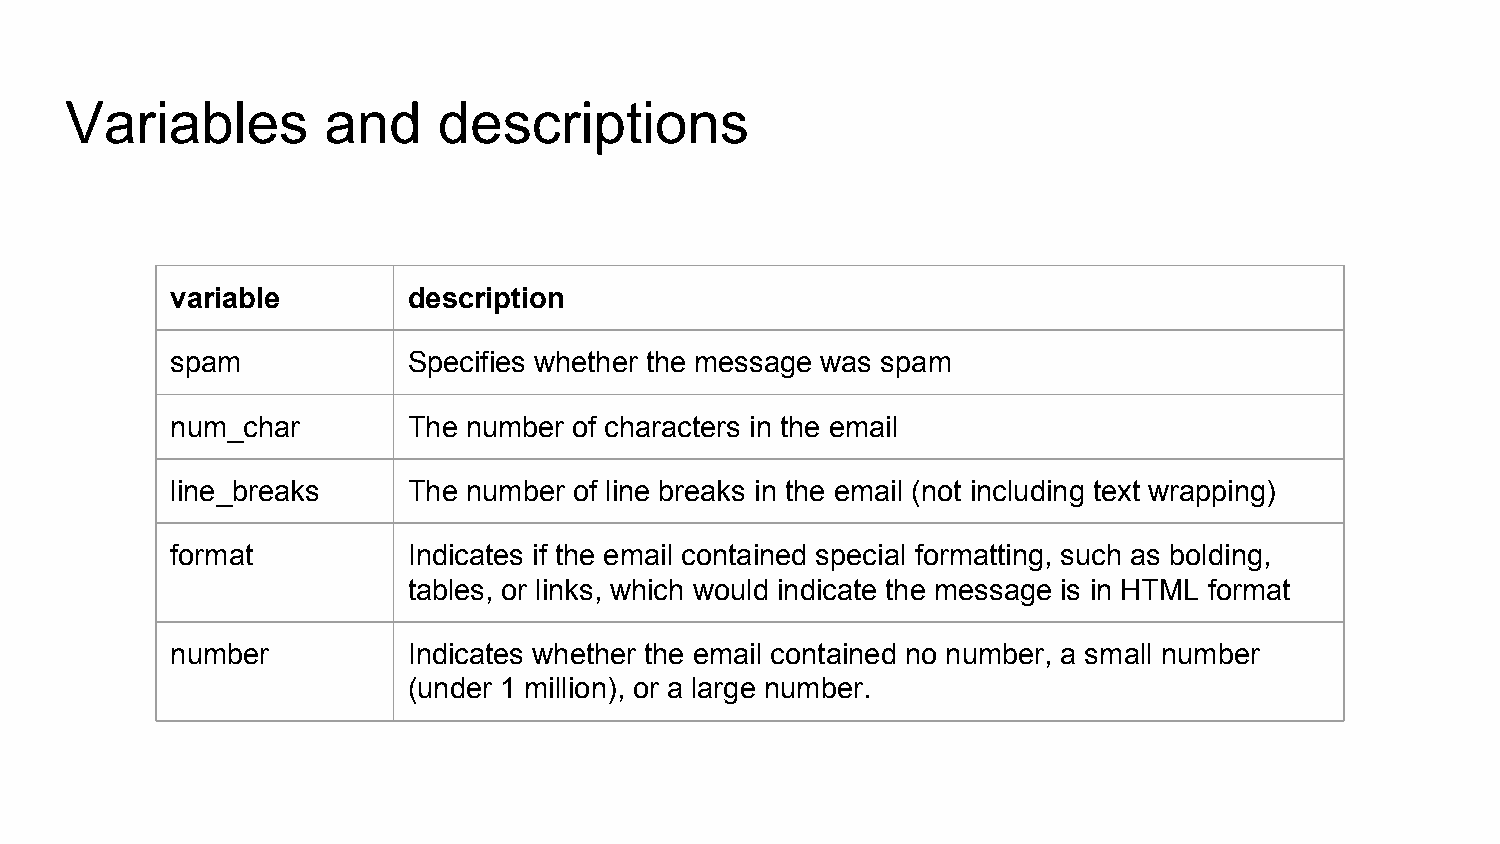
Variables        and     descriptions
 variable        description
 spam            Specifies whether the message was spam
 num_char        The number of characters in the email
 line_breaks     The number of line breaks in the email (not including text wrapping)
 format          Indicates if the email contained special formatting, such as bolding,
 tables, or links, which would indicate the message is in HTML format
 number          Indicates whether the email contained no number, a small number
 (under 1 million), or a large number.